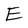
Character: E